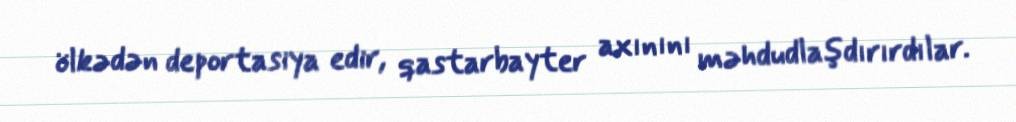
ölkədən deportasiya edir, qastarbayter axınını məhdudlaşdırırdılar.